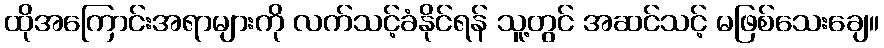
ထိုအကြောင်းအရာများကို လက်သင့်ခံနိုင်ရန် သူ့တွင် အဆင်သင့် မဖြစ်သေးချေ။